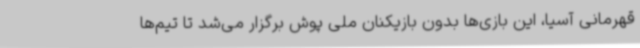
قهرمانی آسیا، این بازی‌ها بدون بازیکنان ملی پوش برگزار می‌شد تا تیم‌ها